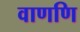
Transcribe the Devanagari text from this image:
वाणणि